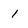
Character: 1